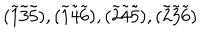
LaTeX: ( \tilde { 1 } \tilde { 3 } \tilde { 5 } ) , ( \tilde { 1 } \tilde { 4 } \tilde { 6 } ) , ( \tilde { 2 } \tilde { 4 } \tilde { 5 } ) , ( \tilde { 2 } \tilde { 3 } \tilde { 6 } )